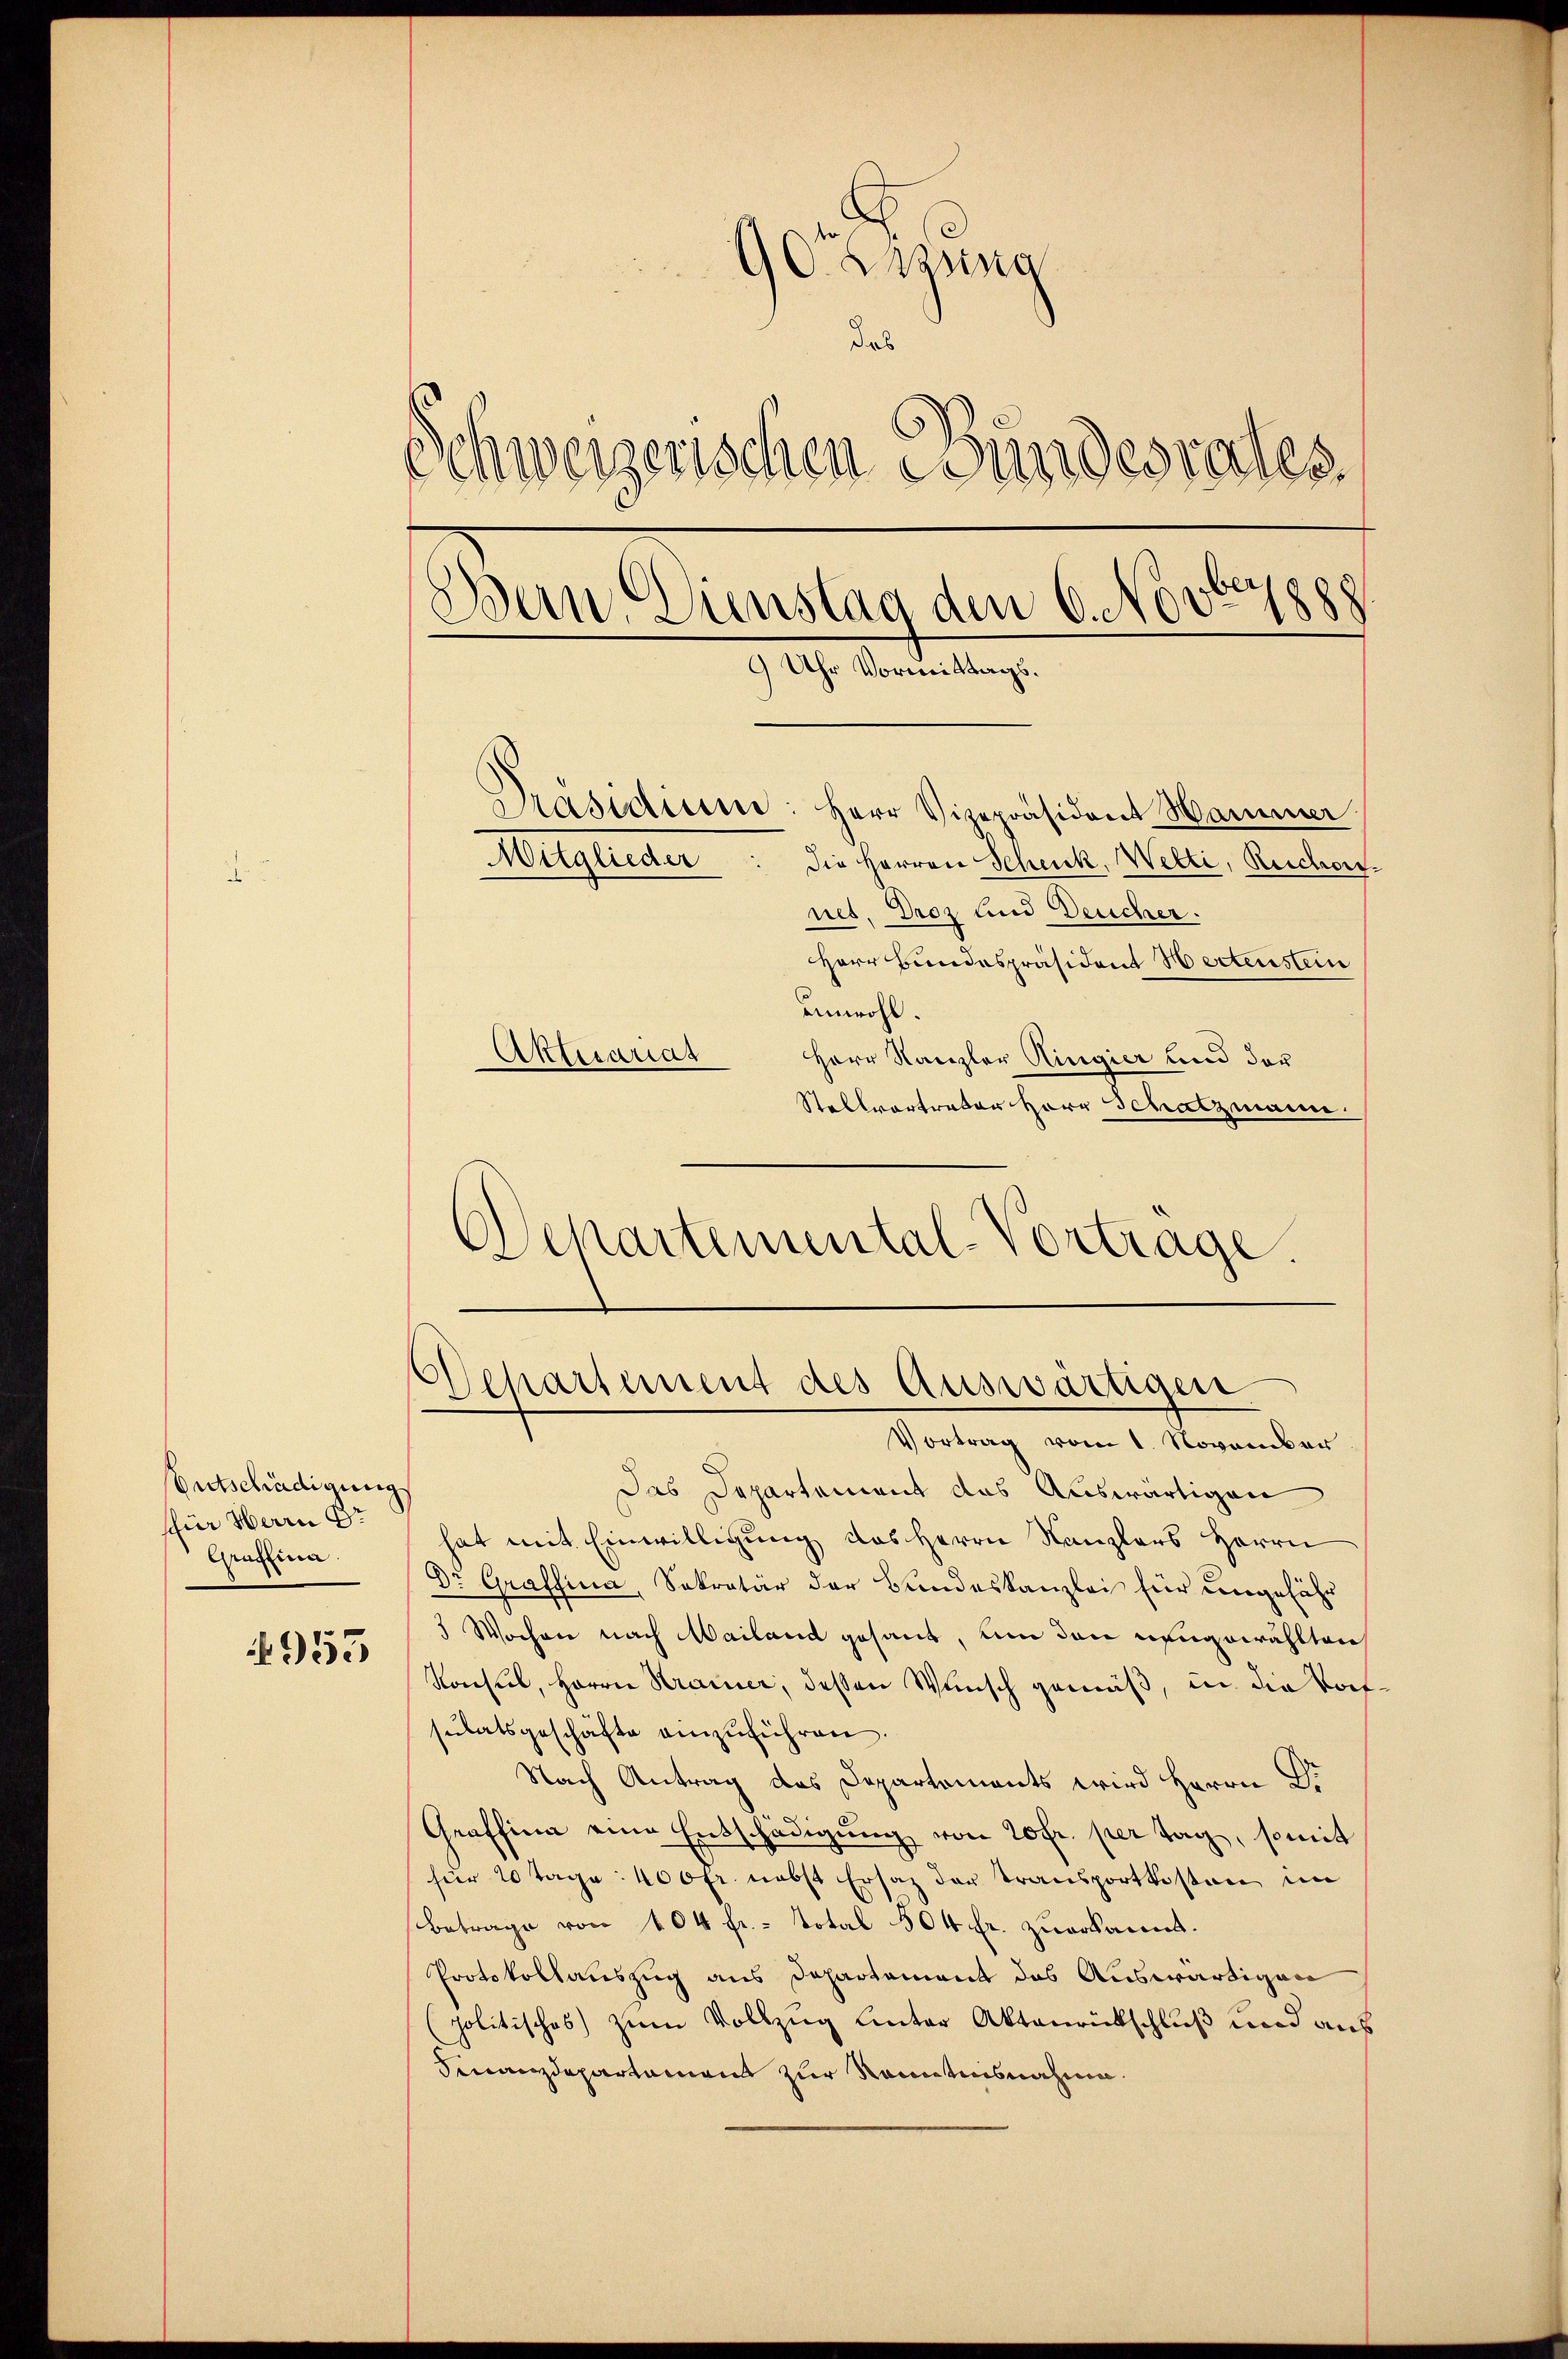
Entschädigung
schen Herrn Dr
Graffina

955

egung
das
Schweizerischen Bundesrates
Bein Dinstag den 6. Nov67888
9 Uhr Vormittags.
Präsidium: Herr Vizepräsident Hammer
Mitglieder
Die Herren Scheick, Wetti, Reichert.
net. Droz und Deucher.

Herr Bundespräsident Hertenstein
unwohl.
Aktecariat
Herr Kanzler Ringier und der
Stellvertrator Herr Schatzmann.
Schartemental-Vortrage.

Das Departement das Auswärtigen
hat mit Einwilligung des Herrn Kanzlers Herrn
Dr. Graffina, Sekretär der Bundeskanzlei für ungefähr
5 Wochen nach Mailand gesant, um den neugewählten
Konsul, Herrn Krainer, dessen Wunsch gemäß, in die Vorsŭlatsgeschäfte einzŭführen.
Nach Antrag des Departements wird Herrn Pr
Graffina eine Entschädigung von 20 fr. per Tag, somit
für 20 Tage: 400 fr. nebst Ersatz der Transportkosten im
Betrage von 104 fr. - Total 504 fr. zuerkannt.
Protokollauszug aus Departement das Auswärtigen
(politisches) zum Vollzug unter Aktenrückschluß und aus
Finanzdepartament zur Renntnisnahme.

Departement des Auswärtigen.
Vortrag vom 1. November